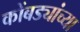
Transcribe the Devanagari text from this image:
कोंबड्यांच्या